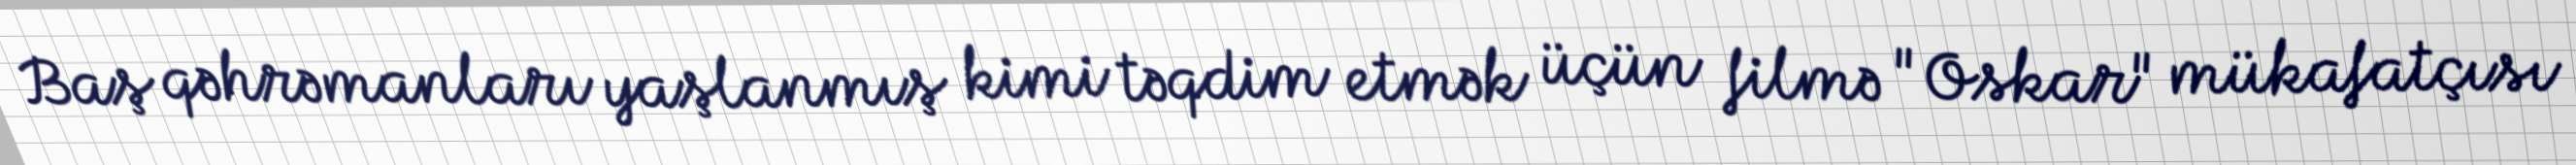
Baş qəhrəmanları yaşlanmış kimi təqdim etmək üçün filmə "Oskar" mükafatçısı